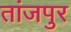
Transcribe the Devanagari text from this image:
तांजपुर